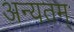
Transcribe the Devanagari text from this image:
अन्यतम्